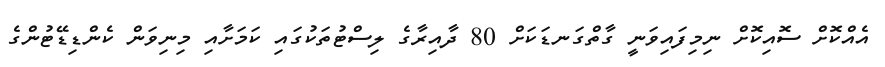
އެއްކޮށް ސޮއިކޮށް ނިމިފައިވަނީ ގާތްގަނޑަކަށް 80 ދާއިރާގެ ލިސްޓުތަކުގައި ކަމަށާއި މިނިވަން ކެންޑިޑޭޓުންގެ